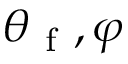
\theta _ { \mathrm { ~ f ~ } } , \varphi